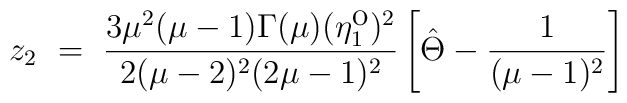
z_2 ~=~ \frac{3\mu^2(\mu-1)\Gamma(\mu) (\eta_1^{\mbox{o}})^2}{2(\mu-2)^2(2\mu-1)^2} \left[ \hat{\Theta} - \frac{1}{(\mu-1)^2} \right]